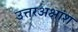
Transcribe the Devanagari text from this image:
उत्तरअक्षांश